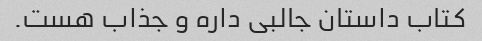
کتاب داستان جالبی داره و جذاب هست.